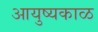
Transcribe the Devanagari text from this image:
आयुष्यकाळ